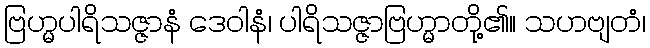
ဗြဟ္မပါရိသဇ္ဇာနံ ဒေဝါနံ၊ ပါရိသဇ္ဇာဗြဟ္မာတို့၏။ သဟဗျတံ၊